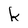
Character: k